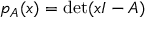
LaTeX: p _ { A } ( x ) = \det ( x I - A )